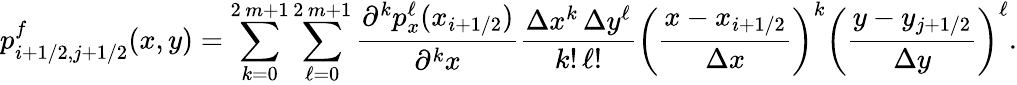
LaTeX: p_{i+1/2,j+1/2}^{f}(x,y)=\sum_{k=0}^{2\, m+1}\sum_{\ell=0}^{2\, m+1}\frac{\partial^{k}p_{x}^{\ell}(x_{i+1/2})}{\partial^{k}x}\frac{\Delta x^{k}\, \Delta y^{\ell}}{k!\, \ell!}\bigg(\frac{x-x_{i+1/2}}{\Delta x}\bigg)^{k}\bigg(\frac{y-y_{j+1/2}}{\Delta y}\bigg)^{\ell}.